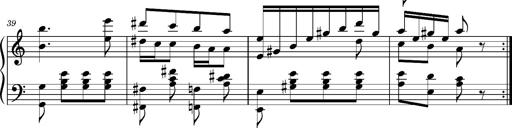
Title: Ungarischer Romanzero
Composer: Franz Liszt